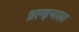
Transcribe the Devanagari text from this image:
ब्राम्हणाला